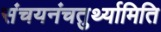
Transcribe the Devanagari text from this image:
संचयनंचतुर्थ्यामिति